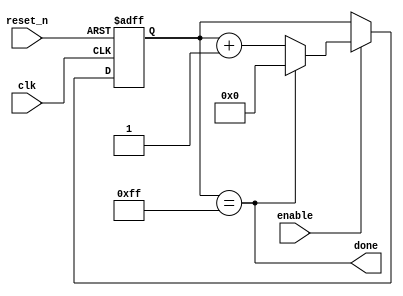
`timescale 1ns / 1ps

module timer_parameter
    #(parameter FINAL_VALUE = 255)(
    input clk,
    input reset_n,
    input enable,
    //    output [BITS - 1:0] Q, //Uncomment for output
    output done
    );
    
    //determine number of BITS from FINAL_VALUE count
    localparam BITS = $clog2(FINAL_VALUE);
    
    reg [BITS - 1:0] Q_reg, Q_next;
    
    //next state logic with reset and enable
    always @(posedge clk, negedge reset_n)
    begin
        if (~reset_n)
            Q_reg <= 'b0;
        else if(enable)
            Q_reg <= Q_next;
        else
            Q_reg <= Q_reg;
    end
    
    //when Q_reg reaches the desired count, reset to 0
    assign done = Q_reg == FINAL_VALUE;
    always @(*)
        Q_next = done? 'b0: Q_reg + 1;
    
    //Q = Q_reg //Uncomment for output
    
endmodule